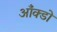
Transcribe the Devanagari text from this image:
आँक्डों